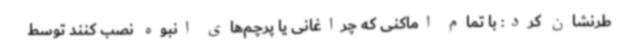
طرنشان کرد: با تمام اماکنی که چراغانی یا پرچم‌های انبوه نصب کنند توسط